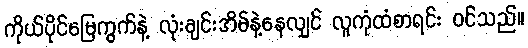
ကိုယ်ပိုင်မြေကွက်နဲ့ လုံးချင်းအိမ်နဲ့နေလျှင် လူကုံထံစာရင်း ဝင်သည်။